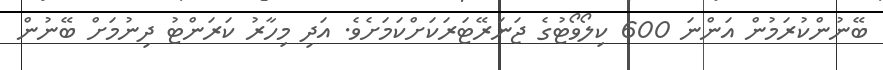
ބޭނުންކުރަމުން އަންނަ 600 ކިލޯވޯޓުގެ ޖަނަރޭޓަރަކަށްކަމަށެވެ. އަދި މިހާރު ކަރަންޓު ދިނުމަށް ބޭނުން